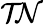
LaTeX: \mathcal{TN}